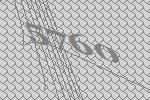
5760